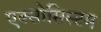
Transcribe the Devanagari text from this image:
एक्सोसिस्टम